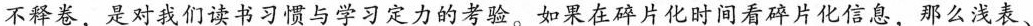
不释卷，是对我们读书习惯与学习定力的考验。如果在碎片化时间看碎片化信息，那么浅表、